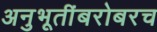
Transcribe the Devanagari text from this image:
अनुभूतींबरोबरच